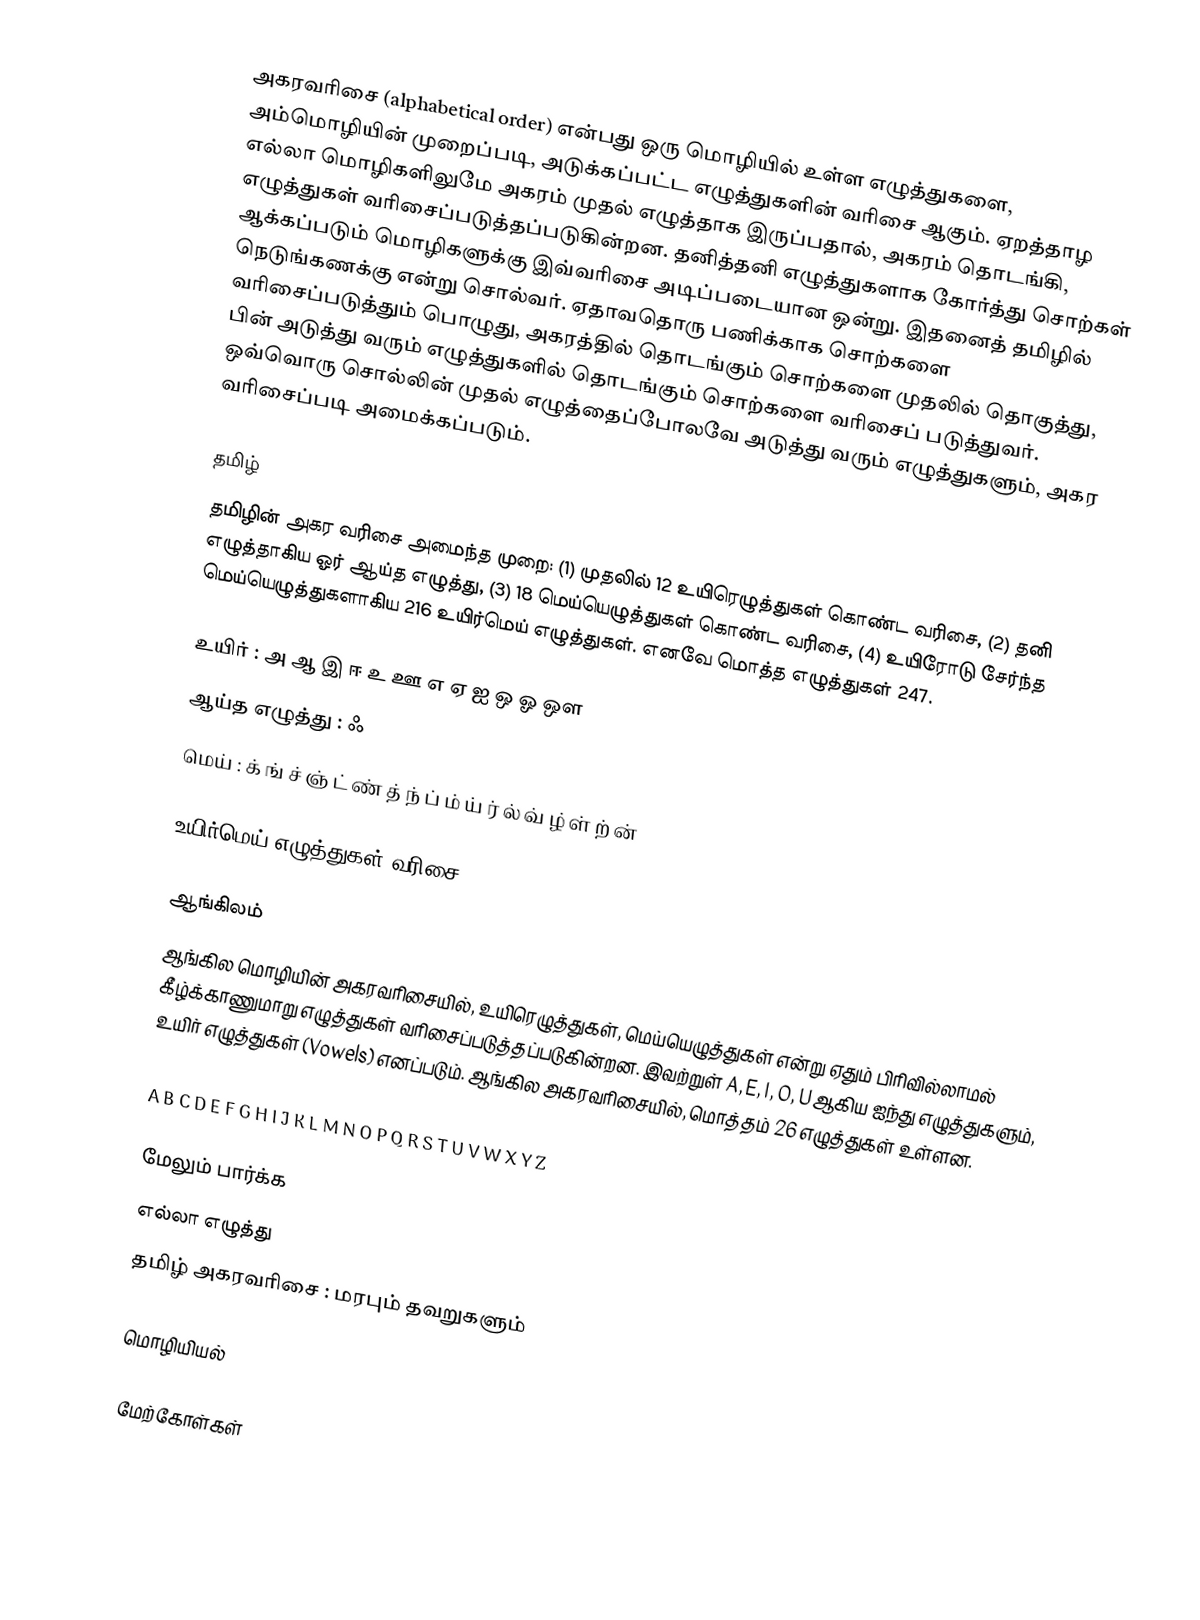
அகரவரிசை (alphabetical order) என்பது ஒரு மொழியில் உள்ள எழுத்துகளை, அம்மொழியின் முறைப்படி, அடுக்கப்பட்ட எழுத்துகளின் வரிசை ஆகும். ஏறத்தாழ எல்லா மொழிகளிலுமே அகரம் முதல் எழுத்தாக இருப்பதால், அகரம் தொடங்கி, எழுத்துகள் வரிசைப்படுத்தப்படுகின்றன. தனித்தனி எழுத்துகளாக கோர்த்து சொற்கள் ஆக்கப்படும் மொழிகளுக்கு இவ்வரிசை அடிப்படையான ஒன்று. இதனைத் தமிழில் நெடுங்கணக்கு என்று சொல்வர். ஏதாவதொரு பணிக்காக சொற்களை வரிசைப்படுத்தும் பொழுது, அகரத்தில் தொடங்கும் சொற்களை முதலில் தொகுத்து, பின் அடுத்து வரும் எழுத்துகளில் தொடங்கும் சொற்களை வரிசைப் படுத்துவர். ஒவ்வொரு சொல்லின் முதல் எழுத்தைப்போலவே அடுத்து வரும் எழுத்துகளும், அகர வரிசைப்படி அமைக்கப்படும்.

தமிழ்
தமிழின் அகர வரிசை அமைந்த முறை: (1) முதலில் 12 உயிரெழுத்துகள் கொண்ட வரிசை, (2) தனி எழுத்தாகிய ஓர் ஆய்த எழுத்து, (3) 18 மெய்யெழுத்துகள் கொண்ட வரிசை, (4) உயிரோடு சேர்ந்த மெய்யெழுத்துகளாகிய 216 உயிர்மெய் எழுத்துகள். எனவே மொத்த எழுத்துகள் 247.

உயிர் : அ ஆ இ ஈ உ ஊ எ ஏ ஐ ஒ ஓ ஔ
ஆய்த எழுத்து : ஃ
மெய் : க் ங் ச் ஞ் ட் ண் த் ந் ப் ம் ய் ர் ல் வ் ழ் ள் ற் ன்

உயிர்மெய் எழுத்துகள் வரிசை:

ஆங்கிலம்
ஆங்கில மொழியின் அகரவரிசையில், உயிரெழுத்துகள், மெய்யெழுத்துகள் என்று ஏதும் பிரிவில்லாமல் கீழ்க்காணுமாறு எழுத்துகள் வரிசைப்படுத்தப்படுகின்றன. இவற்றுள் A, E, I, O, U ஆகிய ஐந்து எழுத்துகளும், உயிர் எழுத்துகள் (Vowels) எனப்படும். ஆங்கில அகரவரிசையில், மொத்தம் 26 எழுத்துகள் உள்ளன.

A B C D E F G H I J K L M N O P Q R S T U V W X Y Z

மேலும் பார்க்க
 எல்லா எழுத்து
தமிழ் அகரவரிசை : மரபும் தவறுகளும்

மொழியியல்

மேற்கோள்கள்